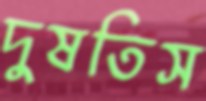
দুষতিস